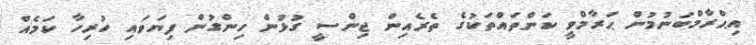
އިޙްރާމްބަނުުމުން ޙަރާމްވީ ކަންތައްތަކުގެ ތެރެއިން ޖިންސީ ގުޅުން ހިންގުން ފިޔަވައި ހުރިހާ ކަމެއް